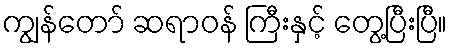
ကျွန်တော် ဆရာဝန် ကြီးနှင့် တွေ့ပြီးပြီ။